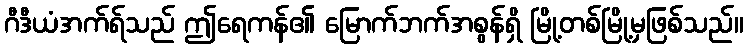
ဂီဒီယံအက်ရ်သည် ဤရေကန်၏ မြောက်ဘက်အစွန်ရှိ မြို့တစ်မြို့မှဖြစ်သည်။